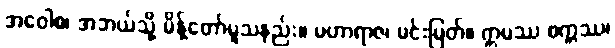
အဝေါစ၊ အဘယ်သို့ မိန့်တော်မူသနည်း။ မဟာရာဇ၊ မင်းမြတ်။ ဣမဿ စက္ကဿ၊